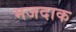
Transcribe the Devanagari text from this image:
मजदाक